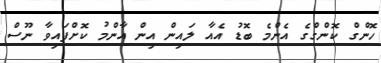
ހޮންގް ކޮންގްގެ އެންމެ ބޮޑު އެއާ ލައިން އިން އާންމު ކޮށްފައިވާ ނޫސް